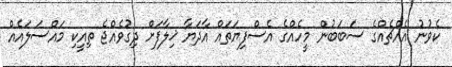
ކެވުނު އެއްޗެއްގެ ސަބަބުން މީހެއްގެ އެސްފިޔަތައް އާދަޔާ ޚިލާފަށް ދިގުވެއްޖެ ތިއީކި މައްސަލައެއް